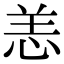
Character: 恙